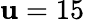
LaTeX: \mathbf{u}=15